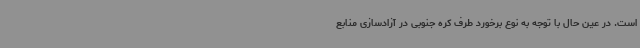
است. در عین حال با توجه به نوع برخورد طرف کره جنوبی در آزادسازی منابع